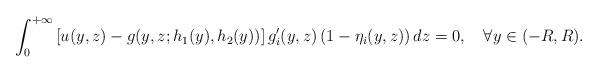
LaTeX: \begin{align*}\int_{0}^{+\infty}\left[u(y,z)-g(y,z;h_1(y),h_2(y))\right]g_i^\prime(y,z)\left(1-\eta_i(y,z)\right)dz=0, \quad\forall y\in(-R,R).\end{align*}